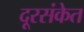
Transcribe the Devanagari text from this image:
दूरसंकेत